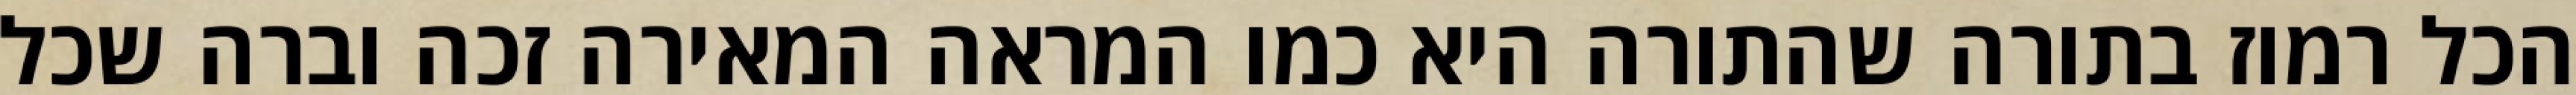
הכל רמוז בתורה שהתורה היא כמו המראה המאירה זכה וברה שכל